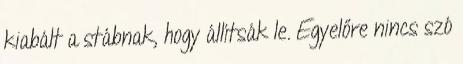
kiabált a stábnak, hogy állítsák le. Egyelőre nincs szó